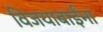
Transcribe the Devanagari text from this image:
विजयाबाईंना